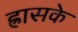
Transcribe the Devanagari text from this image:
ह्रासके